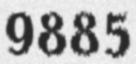
9885